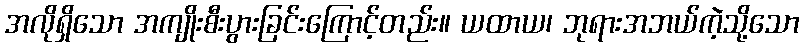
အလိုရှိသော အကျိုးစီးပွားခြင်းကြောင့်တည်း။ ယထာယ၊ ဘုရားအဘယ်ကဲ့သို့သော